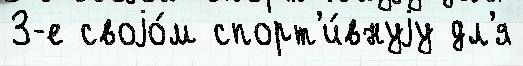
3-е своjо́м спорт'и́внуjу дл'я